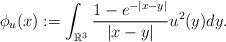
LaTeX: \begin{align*}\phi_{u}(x):=\int_{\mathbb{R}^{3}}\frac{1-e^{-|x-y|}}{|x-y|}u^{2}(y)dy.\end{align*}